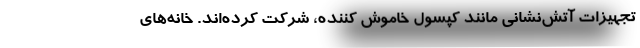
تجهیزات آتش‌نشانی مانند کپسول خاموش کننده، شرکت کرده‌اند. خانه‌های